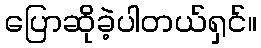
ပြောဆိုခဲ့ပါတယ်ရှင်။